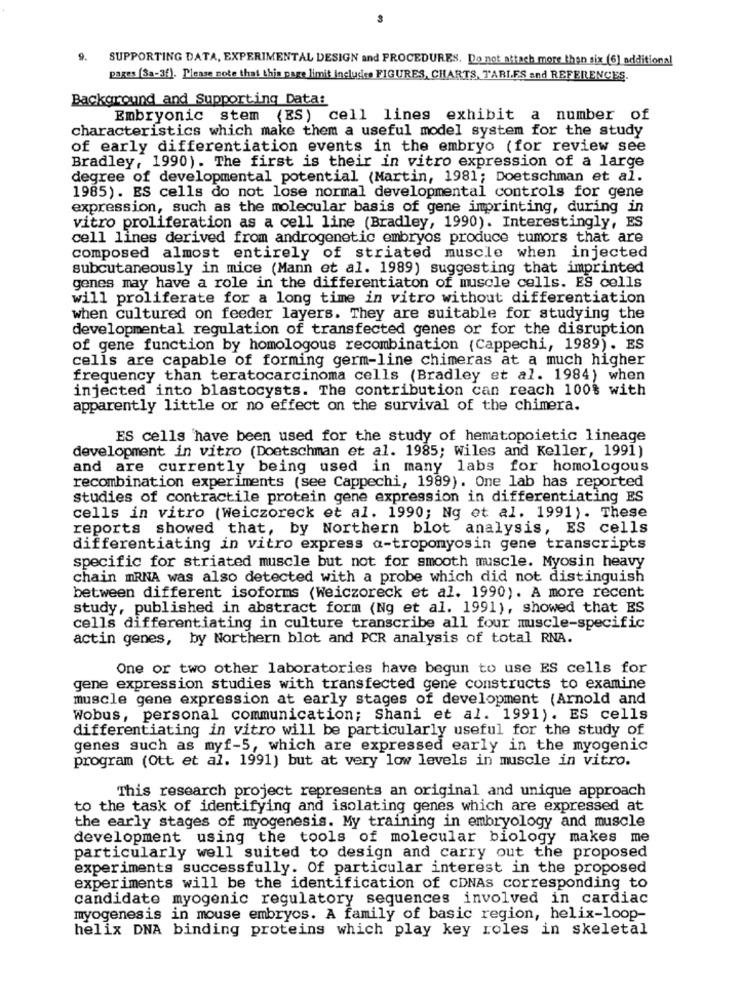
9. SUPPORTING DATA, EXPERIMENTAL DESIGN and PROCEDURES, Do not attach more than six (6) additional
pages (3a-3f). Please note that this page limit includes FIGURES, CHARTS, TARLES and REFERENCES.
Background and Supporting Data:
Embryonic stem (ES) cell lines exhibit a number of
characteristics which make them a useful model system for the study
of early differentiation events in the embryo (for review see
Bradley, 1990). The first is their in vitro expression of a large
degree of developmental potential (Martin, 1981; Doetschman et al.
1985). ES cells do not lose normal developmental controls for gene
expression, such as the molecular basis of gene imprinting, during in
vitro proliferation as a cell line (Bradley, 1990). Interestingly, ES
cell lines derived from androgenetic embryos produce tumors that are
composed almost entirely of striated muscle when injected
subcutaneously in mice (Mann et al. 1989) suggesting that imprinted
genes may have a role in the differentiaton of muscle cells. ES cells
will proliferate for a long time in vitro without differentiation
when cultured on feeder layers. They are suitable for studying the
developmental regulation of transfected genes or for the disruption
of gene function by homologous recombination (Cappechi, 1989). ES
cells are capable of forming germ-line chimeras at a much higher
frequency than teratocarcinoma cells (Bradley et al. 1984) when
injected into blastocysts. The contribution can reach 100% with
apparently little or no effect on the survival of the chimera.
ES cells 'have been used for the study of hematopoietic lineage
development in vitro (Doetschman et al. 1985; Wiles and Keller, 1991)
and are currently being used in many labs for homologous
recombination experiments (see Cappechi, 1989). One lab has reported
studies of contractile protein gene expression in differentiating ES
cells in vitro (Weiczoreck et al. 1990; Ng et al. 1991). These
reports showed that, by Northern blot analysis, ES cells
differentiating in vitro express a-tropomyosin gene transcripts
specific for striated muscle but not for smooth muscle. Myosin heavy
chain mRNA was also detected with a probe which did not distinguish
between different isoforms (Weiczoreck et al. 1990). A more recent
study, published in abstract form (Ng et al. 1991), showed that ES
cells differentiating in culture transcribe all four muscle-specific
actin genes, by Northern blot and PCR analysis of total RNA.
One or two other laboratories have begun to use ES cells for
gene expression studies with transfected gene constructs to examine
muscle gene expression at early stages of development (Arnold and
Wobus, personal communication; Shani et al. 1991). ES cells
differentiating in vitro will be particularly useful for the study of
genes such as myf-5, which are expressed early in the myogenic
program (Ott et al. 1991) but at very low levels in muscle in vitro.
This research project represents an original and unique approach
to the task of identifying and isolating genes which are expressed at
the early stages of myogenesis. My training in embryology and muscle
development using the tools of molecular biology makes me
particularly well suited to design and carry out the proposed
experiments successfully. Of particular interest in the proposed
experiments will be the identification of CDNAs corresponding to
candidate myogenic regulatory sequences involved in cardiac
myogenesis in mouse embryos. A family of basic region, helix-loop-
helix DNA binding proteins which play key roles in skeletal